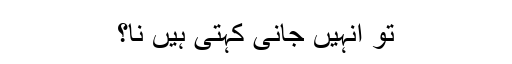
تو انہیں جانی کہتی ہیں نا؟